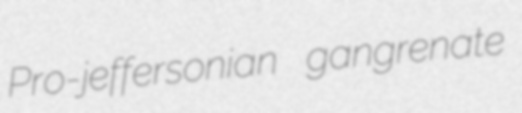
Pro-jeffersonian gangrenate